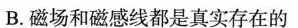
B.磁场和磁感线都是真实存在的